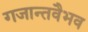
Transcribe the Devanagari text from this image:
गजान्तवैभव